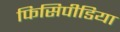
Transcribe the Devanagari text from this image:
फिसिपीडिया